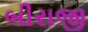
બીરાજી